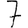
Digit: 7